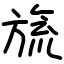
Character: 旒